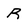
Character: R